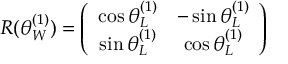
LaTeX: R ( \theta _ { W } ^ { ( 1 ) } ) = \left( \begin{array} { c c } { { \cos \theta _ { L } ^ { ( 1 ) } } } & { { - \sin \theta _ { L } ^ { ( 1 ) } } } \\ { { \sin \theta _ { L } ^ { ( 1 ) } } } & { { \cos \theta _ { L } ^ { ( 1 ) } } } \end{array} \right)